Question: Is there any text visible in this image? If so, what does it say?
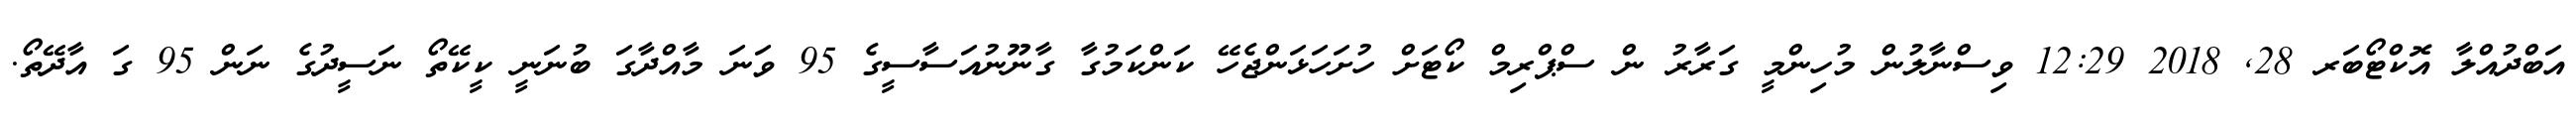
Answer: އަބްދުއްލާ އޮކްޓޯބަރ 28, 2018 12:29 ވިސްނާލުން މުހިންމީ ގަރާރު ން ސްޕްރިމް ކޯޓަށް ހުށަހަޅަންޖެހޭ ކަންކަމުގާ ގާނޫނުއަސާސީގެ 95 ވަނަ މާއްދާގަ ބުނަނީ ކީކޭތޯ ނަސީދުގެ ނަން 95 ގަ އާދޭތޯ.